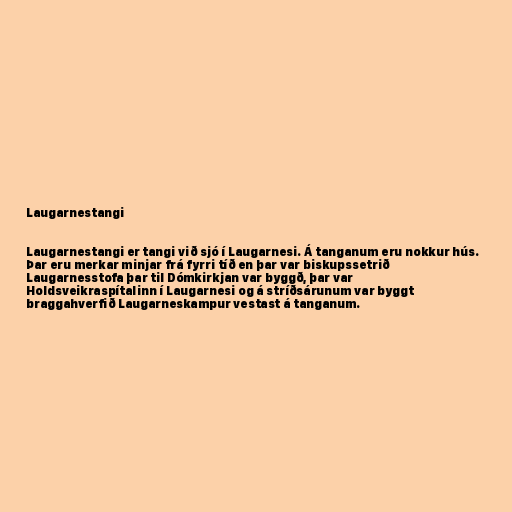
Laugarnestangi

Laugarnestangi er tangi við sjó í Laugarnesi. Á tanganum eru nokkur hús.
Þar eru merkar minjar frá fyrri tíð en þar var biskupssetrið
Laugarnesstofa þar til Dómkirkjan var byggð, þar var
Holdsveikraspítalinn í Laugarnesi og á stríðsárunum var byggt
braggahverfið Laugarneskampur vestast á tanganum.